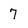
Character: 7